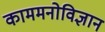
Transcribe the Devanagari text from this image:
काममनोविज्ञान